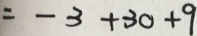
= - 3 + 3 0 + 9